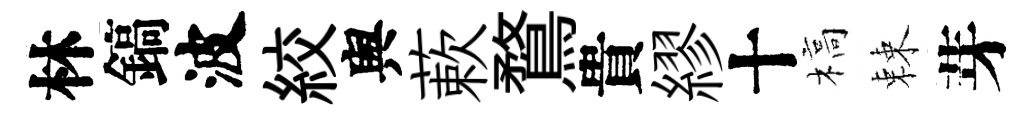
林鎬波絞舆蔌鶩貴繆十槁棘芽